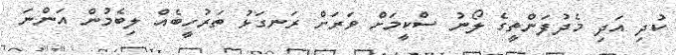
ކުދި އަދި މެދުފަންތީގެ ލޯނު ސްކީމަށް ވަރަށް ރަނގަޅު ތަރުހީބެއް ލިބެމުން އަންނަ